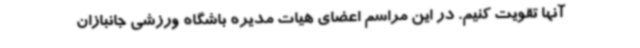
آنها تقویت کنیم. در این مراسم اعضای هیات مدیره باشگاه ورزشی جانبازان